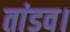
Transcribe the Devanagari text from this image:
तांडव।